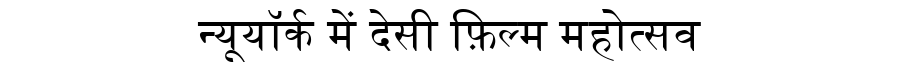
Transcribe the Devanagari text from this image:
न्यूयॉर्क में देसी फ़िल्म महोत्सव